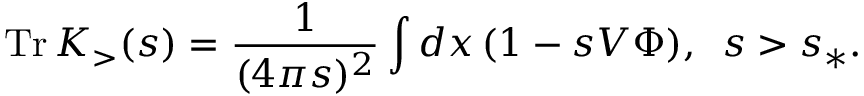
\mathrm { T r } \, K _ { > } ( s ) = \frac { 1 } { ( 4 \pi s ) ^ { 2 } } \int d x \, ( 1 - s V \Phi ) , \, \, \, s > s _ { \ast } .